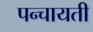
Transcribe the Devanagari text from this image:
पन्चायती